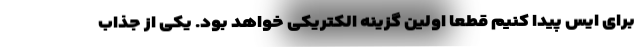
برای ایس پیدا کنیم قطعا اولین گزینه الکتریکی خواهد بود. یکی از جذاب